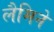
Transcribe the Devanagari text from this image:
लैमिने